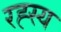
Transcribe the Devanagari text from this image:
रह्स्य